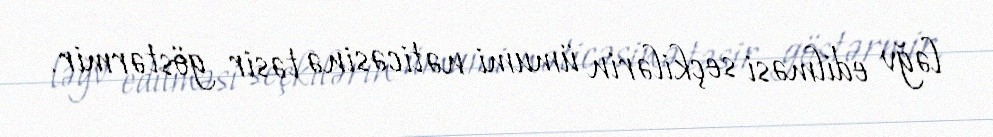
ləğv edilməsi seçkilərin ümumi nəticəsinə təsir göstərmir.